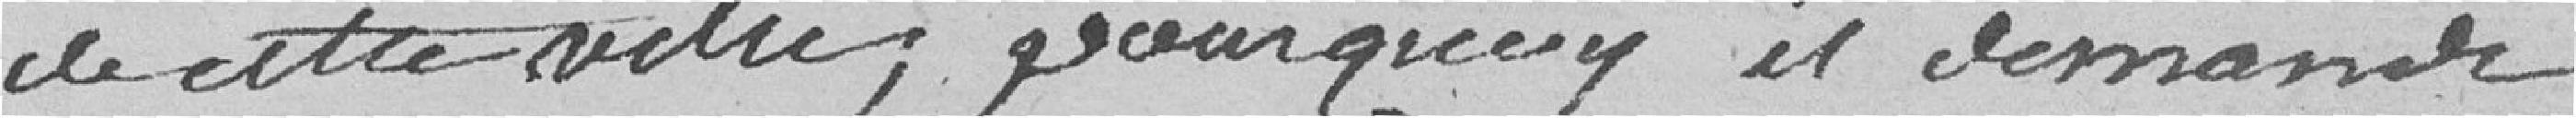
de cette ville, pourquoy il demande